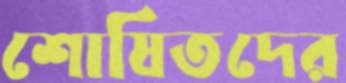
শোষিতদের